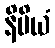
နိမိယံ